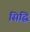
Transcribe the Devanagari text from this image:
सिद्घि